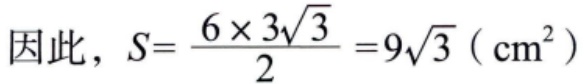
因此，\(S= \frac{6\times 3\sqrt{3}}{2} =9\sqrt{3}\left(\mathrm{cm}^{2}\right)\)